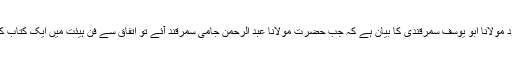
قاضی روم کے شاگرد مولانا ابو یوسف سمرقندی کا بیان ہے کہ جب حضرت مولانا عبد الرحمٰن جامی سمرقند آئے تو اِتفاق سے فنِ ہیئت میں ایک کتاب کی شرح پڑھنے لگے۔